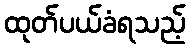
ထုတ်ပယ်ခံရသည့်